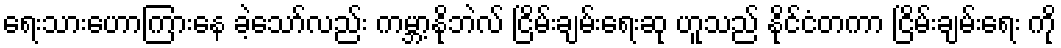
ရေးသားဟောကြားနေ ခဲ့သော်လည်း ကမ္ဘာ့နိုဘဲလ် ငြိမ်းချမ်းရေးဆု ဟူသည် နိုင်ငံတကာ ငြိမ်းချမ်းရေး ကို